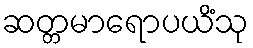
ဆတ္တမာရောပယိံသု